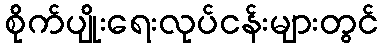
စိုက်ပျိုးရေးလုပ်ငန်းများတွင်